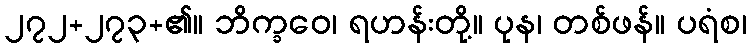
၂၇၂+၂၇၃+၏။ ဘိက္ခဝေ၊ ရဟန်းတို့။ ပုန၊ တစ်ဖန်။ ပရံစ၊